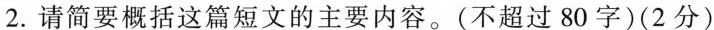
2.请简要概括这篇短文的主要内容。(不超过80字)(2分)